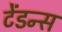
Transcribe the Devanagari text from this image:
टेंडन्स